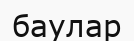
баулар